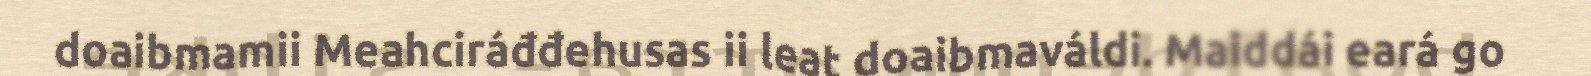
doaibmamii Meahciráđđehusas ii leat doaibmaváldi. Maiddái eará go